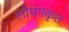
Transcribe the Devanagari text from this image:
लोचनकृत